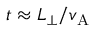
t \approx L _ { \perp } / v _ { \mathrm { A } }